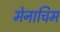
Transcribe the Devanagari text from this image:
मेनाचिम